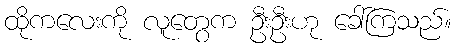
ထိုကလေးကို လူတွေက ဦးဦးဟု ခေါ်ကြသည်။